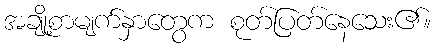
အချို့စာမျက်နှာတွေက စုတ်ပြတ်နေသေး၏။